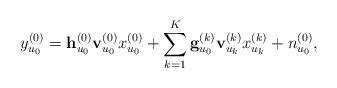
LaTeX: \begin{align*}y_{u_0}^{(0)} &= \mathbf{h}_{u_0}^{(0)} \mathbf{v}_{u_0}^{(0)} x_{u_0}^{(0)} + \sum_{k=1}^{K} \mathbf{g}_{u_0}^{(k)} \mathbf{v}_{u_k}^{(k)} x_{u_k}^{(k)} + n_{u_0}^{(0)},\end{align*}